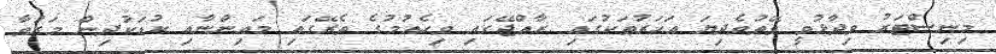
މިނިސްޓަރު ވިދާޅުވީ ވޭތުވެދިޔަ އަހަރުތަކުގައި ރާއްޖޭގައި ވިހެއުމުގެ ތެރޭގައި މައިންނާއި ކުޑަކުދިން މަރުވާ